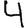
Digit: 4